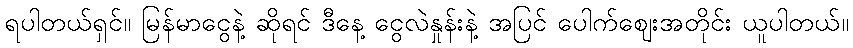
ရပါတယ်ရှင်။ မြန်မာငွေနဲ့ ဆိုရင် ဒီနေ့ ငွေလဲနှုန်းနဲ့ အပြင် ပေါက်ဈေးအတိုင်း ယူပါတယ်။